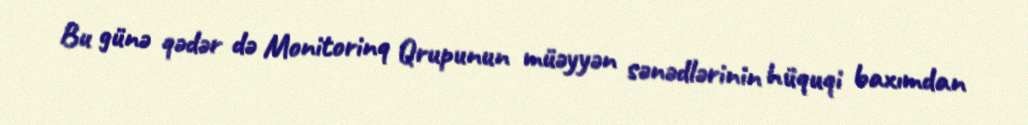
Bu günə qədər də Monitorinq Qrupunun müəyyən sənədlərinin hüquqi baxımdan